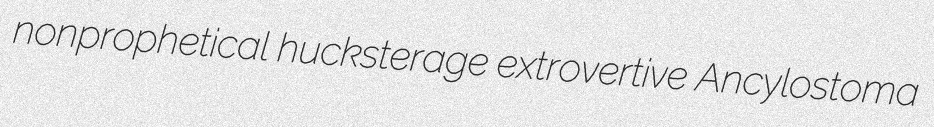
nonprophetical hucksterage extrovertive Ancylostoma